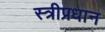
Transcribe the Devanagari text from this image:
स्त्रीप्रधान